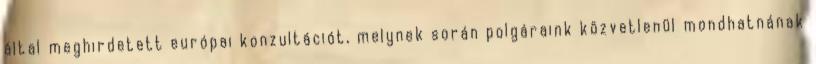
által meghirdetett európai konzultációt, melynek során polgáraink közvetlenül mondhatnának